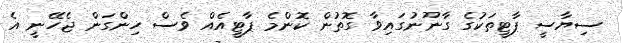
ސިޔާސީ ޕާޓީތަކުގެ ގާނޫނުގައިވާ ގޮތުން ކޮންމެ ޕާޓީއެއް ވެސް ހިންގަން ޖެހޭނީ އެ